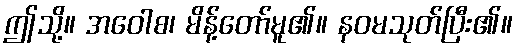
ဤသို့။ အဝေါစ၊ မိန့်တော်မူ၏။ နဝမသုတ်ပြီး၏။